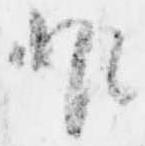
非